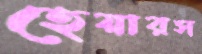
হেয়ারস